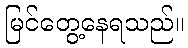
မြင်တွေ့နေရသည်။